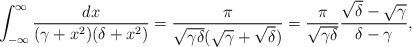
\begin{align*}\int_{-\infty}^\infty \frac{dx}{(\gamma+x^2)(\delta+x^2)} =\frac{\pi}{\sqrt{\gamma\delta}(\sqrt{\gamma}+\sqrt{\delta})} =\frac{\pi}{\sqrt{\gamma\delta}}\frac{\sqrt{\delta}-\sqrt{\gamma}} {\delta-\gamma},\end{align*}